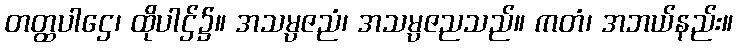
တတ္ထပါဌေ၊ ထိုပါဌ်၌။ အသမ္ပဇညံ၊ အသမ္ပဇညသည်။ ကတံ၊ အဘယ်နည်း။